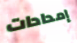
إمدادات